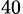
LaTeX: _{40}